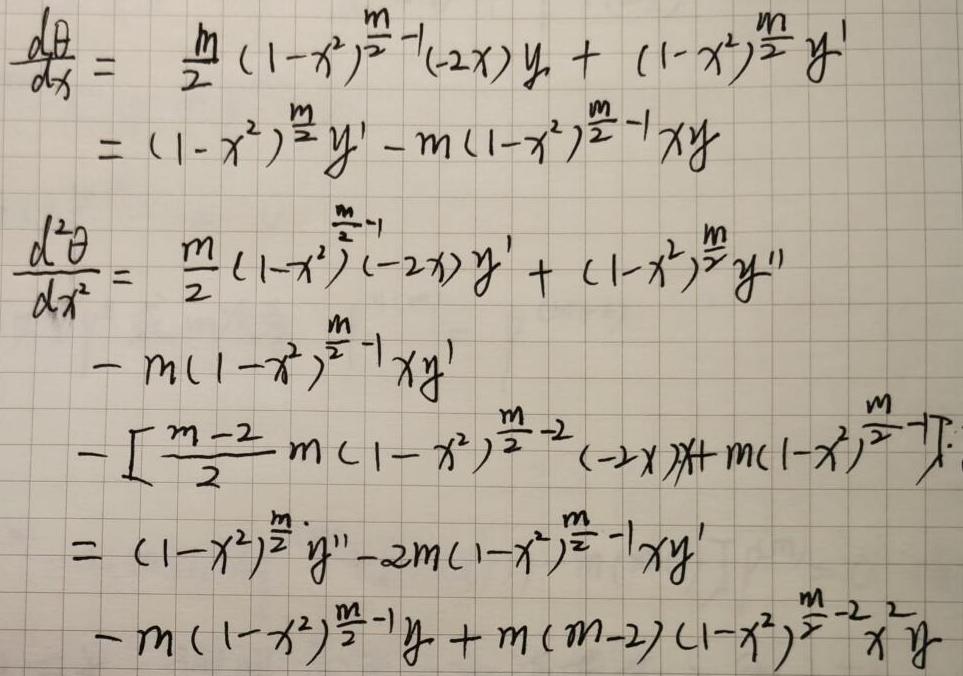
\[
\begin{align*}
\frac{d\theta}{dx}&=\frac{m}{2}(1 - x^{2})^{\frac{m}{2}-1}(-2x)y+(1 - x^{2})^{\frac{m}{2}}y'\\
&=(1 - x^{2})^{\frac{m}{2}}y'-m(1 - x^{2})^{\frac{m}{2}-1}xy\\
\frac{d^{2}\theta}{dx^{2}}&=\frac{m}{2}(1 - x^{2})^{\frac{m}{2}-1}(-2x)y'+(1 - x^{2})^{\frac{m}{2}}y''\\
&-m(1 - x^{2})^{\frac{m}{2}-1}xy'\\
&-\left[\frac{m - 2}{2}m(1 - x^{2})^{\frac{m}{2}-2}(-2x)y+m(1 - x^{2})^{\frac{m}{2}-1}y\right]\\
&=(1 - x^{2})^{\frac{m}{2}}y''-2m(1 - x^{2})^{\frac{m}{2}-1}xy'\\
&-m(1 - x^{2})^{\frac{m}{2}-1}y+m(m - 2)(1 - x^{2})^{\frac{m}{2}-2}x^{2}y
\end{align*}
\]